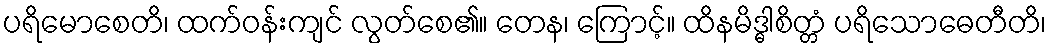
ပရိမောစေတိ၊ ထက်ဝန်းကျင် လွတ်စေ၏။ တေန၊ ကြောင့်။ ထိနမိဒ္ဓါစိတ္တံ ပရိသောဓေတီတိ၊